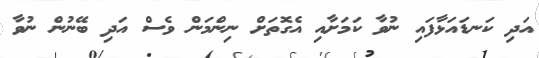
އަދި ކަނޑައަޅާފައި ނުވާ ކަމަށާއި އެގޮތަށް ނިންމަން ވެސް އަދި ބޭނުން ނުވާ